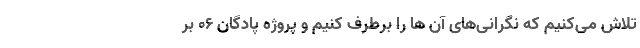
تلاش می‌کنیم که نگرانی‌های آن ها را برطرف کنیم و پروژه پادگان ۰۶ بر